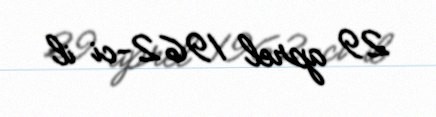
29 aprel 1962-ci il